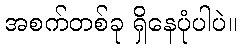
အစက်တစ်ခု ရှိနေပုံပါပဲ။